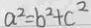
a ^ { 2 } = b ^ { 2 } + c ^ { 2 }